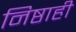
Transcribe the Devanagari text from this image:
निष्ठाही